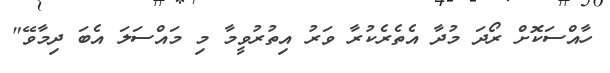
ހާއްސަކޮށް ރޯދަ މުދާ އެތެރެކުރާ ވަރު އިތުރުވީމާ މި މައްސަލަ އެބަ ދިމާވޭ"